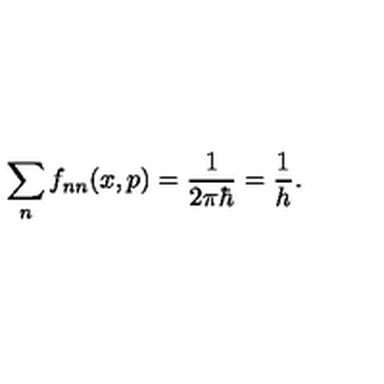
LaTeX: \sum _ { n } f _ { n n } ( x , p ) = \frac { 1 } { 2 \pi \hbar } = \frac { 1 } { h } .